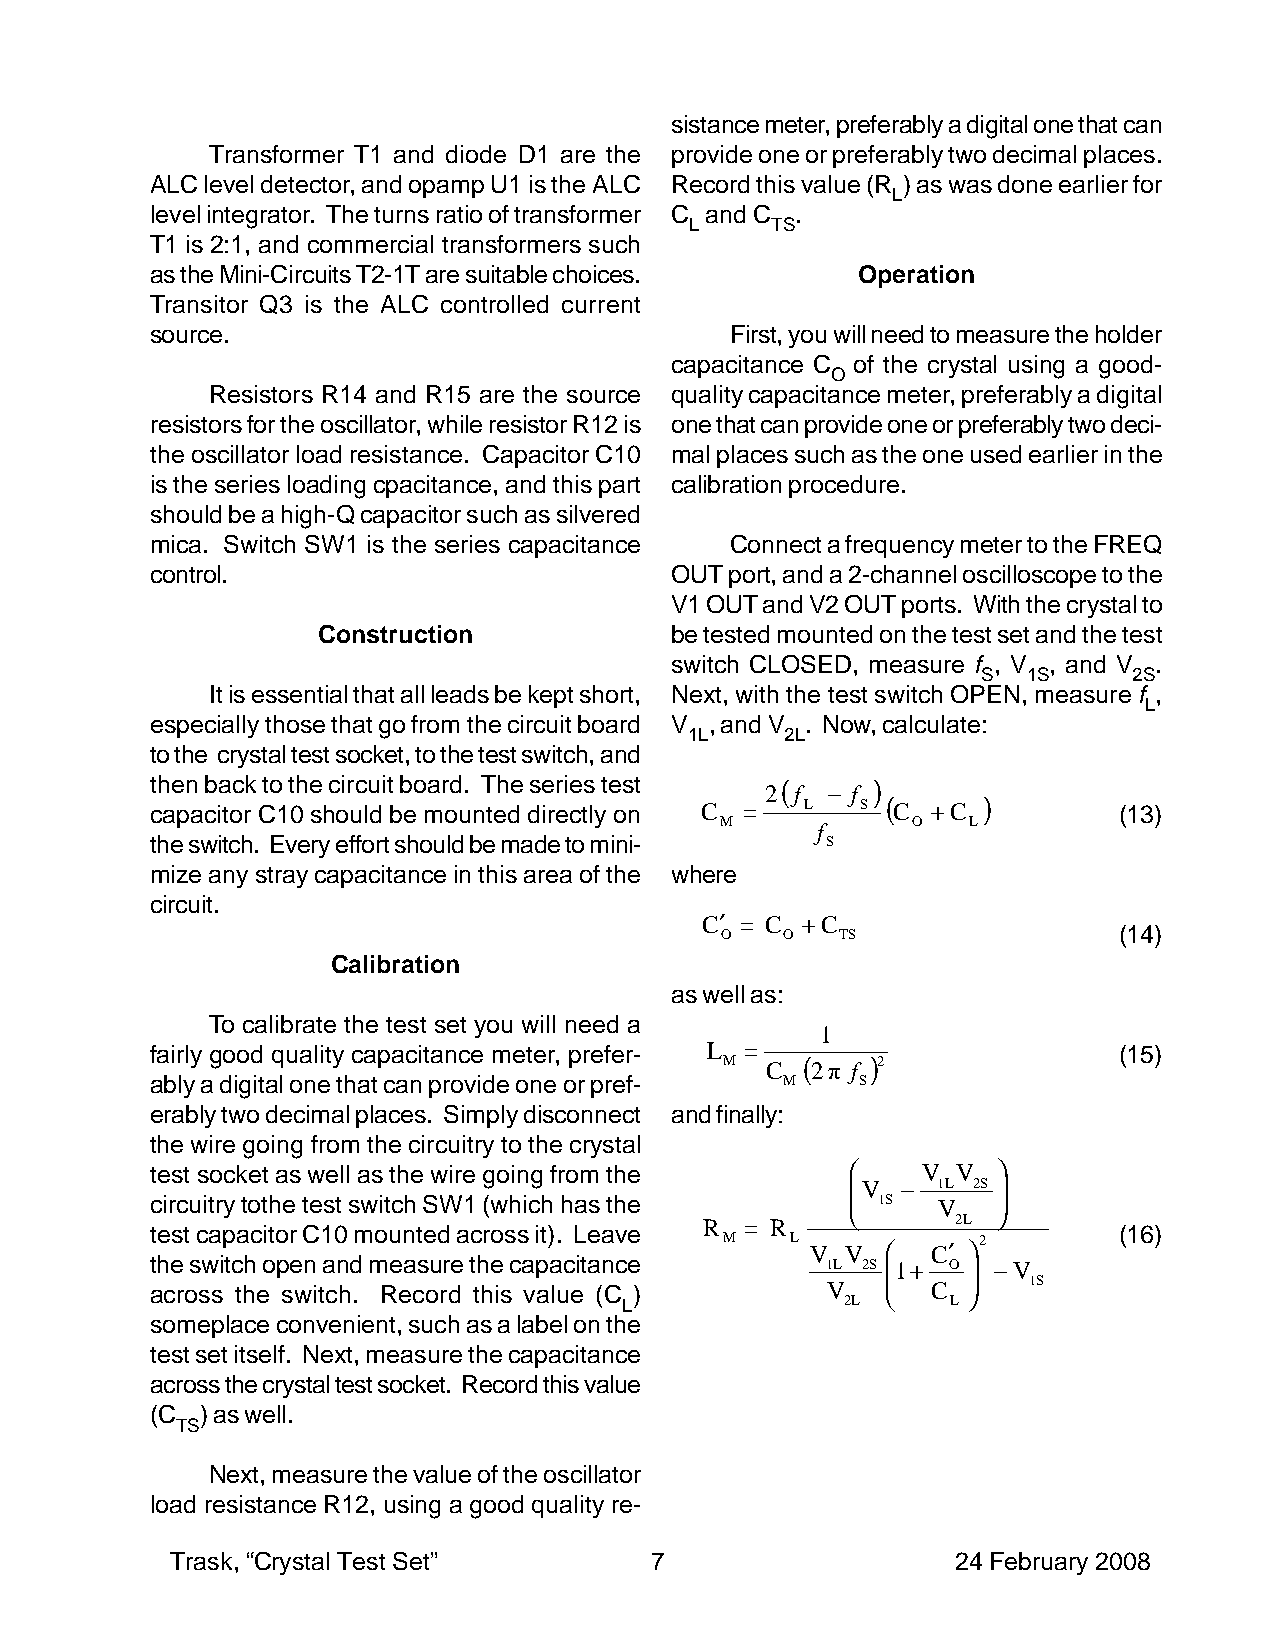
sistance meter, preferably a digital one that can
 Transformer T1 and diode D1 are the provide one or preferably two decimal places.
 ALC level detector, and opamp U1 is the ALC Record this value (R ) as was done earlier for
 L
 level integrator. The turns ratio of transformer C and C .
 L    TS
 T1 is 2:1, and commercial transformers such
 as the Mini-Circuits T2-1T are suitable choices. Operation
 Transitor Q3 is the ALC controlled current
 source.                               First, you will need to measure the holder
 capacitance C of the crystal using a good-
 O
 Resistors R14 and R15 are the source quality capacitance meter, preferably a digital
 resistors for the oscillator, while resistor R12 is one that can provide one or preferably two deci-
 the oscillator load resistance. Capacitor C10 mal places such as the one used earlier in the
 is the series loading cpacitance, and this part calibration procedure.
 should be a high-Q capacitor such as silvered
 mica. Switch SW1 is the series capacitance Connect a frequency meter to the FREQ
 control.                          OUT port, and a 2-channel oscilloscope to the
 V1 OUT and V2 OUT ports. With the crystal to
 Construction           be tested mounted on the test set and the test
 switch CLOSED, measure f , V , and V .
 S  1S     2S
 It is essential that all leads be kept short, Next, with the test switch OPEN, measure f ,
 L
 especially those that go from the circuit board V , and V . Now, calculate:
 1L    2L
 to the crystal test socket, to the test switch, and
 then back to the circuit board. The series test 2 ( f − f ) ( )
 capacitor C10 should be mounted directly on C = L S C + C       (13)
 M     f     O   L
 the switch. Every effort should be made to mini- S
 mize any stray capacitance in this area of the where
 circuit.
 C′ = C + C
 O   O   TS                (14)
 Calibration
 as well as:
 To calibrate the test set you will need a
 1
 fairly good quality capacitance meter, prefer- L = ( )          (15)
 M  C  2 π f 2
 ably a digital one that can provide one or pref- M S
 erably two decimal places. Simply disconnect and finally:
 the wire going from the circuitry to the crystal
 test socket as well as the wire going from the    V V  
  V − 1L 2S 
 circuitry tothe test switch SW1 (which has the  1S V   
 R = R           2L
 test capacitor C10 mounted across it). Leave                    (16)
 M   L V V    C′ 2
 the switch open and measure the capacitance  1L 2S  1 + O  − V
 across the switch. Record this value (C )    V     C    1S
 L              2L     L
 someplace convenient, such as a label on the
 test set itself. Next, measure the capacitance
 across the crystal test socket. Record this value
 (C ) as well.
 TS
 Next, measure the value of the oscillator
 load resistance R12, using a good quality re-
 Trask, “Crystal Test Set”       7                   24 February 2008